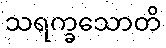
သရက္ခသောတိ